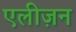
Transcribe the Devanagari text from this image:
एलीज़न